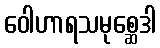
ဝေါဟာရသမုစ္ဆေဒါ